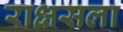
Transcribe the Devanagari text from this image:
राक्षसला